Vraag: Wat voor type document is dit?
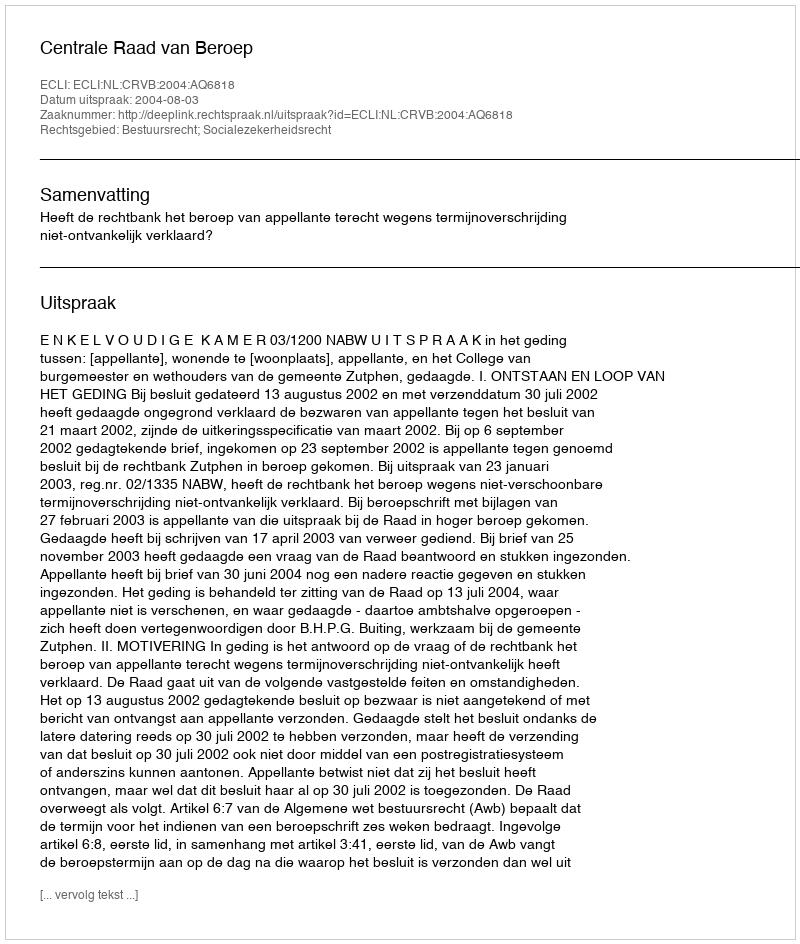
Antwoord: Uitspraak